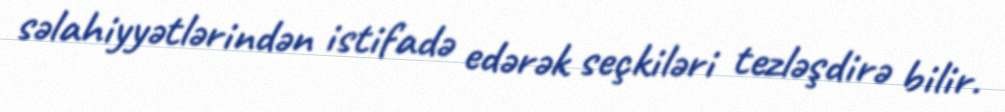
səlahiyyətlərindən istifadə edərək seçkiləri tezləşdirə bilir.